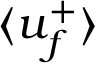
\langle u _ { f } ^ { + } \rangle